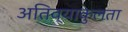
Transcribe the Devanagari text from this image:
अतिव्याकुलता